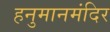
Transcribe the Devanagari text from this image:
हनुमानमंदिर